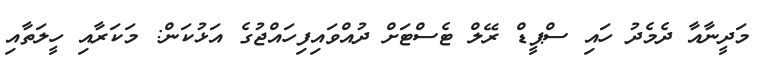
މަދީނާއާ ދެމެދު ހައި ސްޕީޑް ރޭލް ޓެސްޓަށް ދުއްވައިފިހައްޖުގެ އަޅުކަން: މަކަރާއި ހީލަތާއި